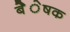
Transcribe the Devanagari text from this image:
बेेेेेषक